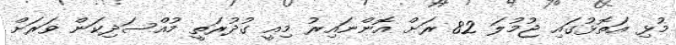
މުޅި އަތޮޅުގައި ޖުމުލަ 82 ރަށް އޮންނައިރު މިއީ ގުދުރަތީ މުއްސަދިކަން ވަރަށް